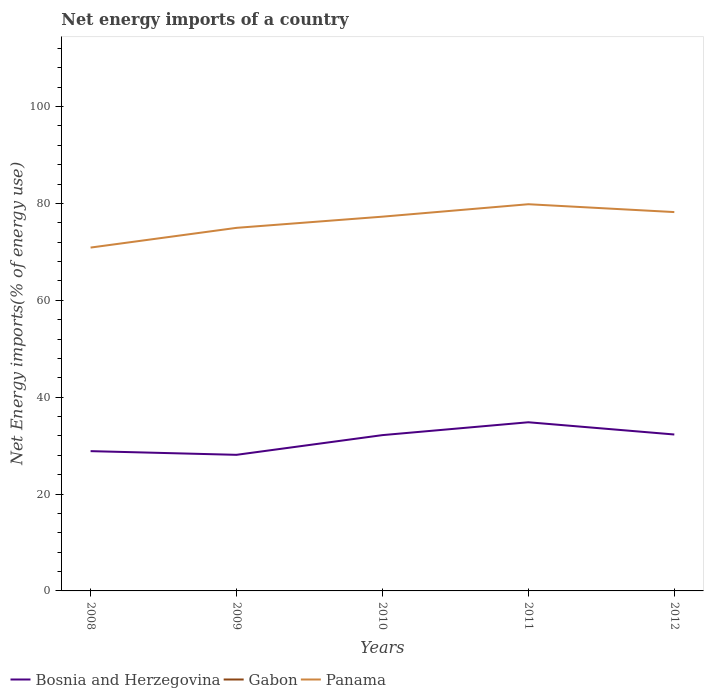
| Years | Bosnia and Herzegovina | Gabon | Panama |
 | --- | --- | --- | --- |
 | 2008 | 28.9 | -612 | 70.9 |
 | 2009 | 28.1 | -585 | 75 |
 | 2010 | 32.2 | -585 | 77.3 |
 | 2011 | 34.8 | -566 | 79.8 |
 | 2012 | 32.3 | -536 | 78.2 |